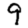
Digit: 9